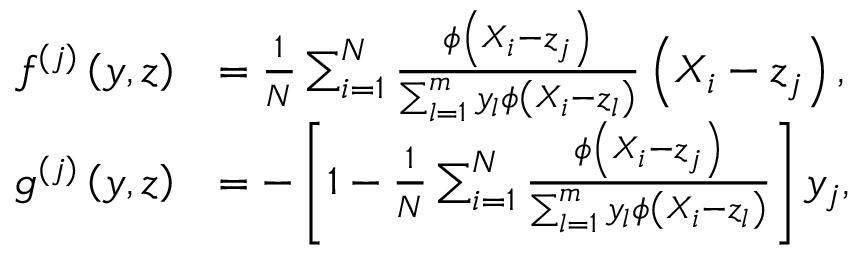
\begin{array} { r l } { f ^ { ( j ) } \left( y , z \right) } & { = \frac { 1 } { N } \sum _ { i = 1 } ^ { N } \frac { \phi \left( X _ { i } - z _ { j } \right) } { \sum _ { l = 1 } ^ { m } y _ { l } \phi \left( X _ { i } - z _ { l } \right) } \left( X _ { i } - z _ { j } \right) , } \\ { g ^ { ( j ) } \left( y , z \right) } & { = - \left[ 1 - \frac { 1 } { N } \sum _ { i = 1 } ^ { N } \frac { \phi \left( X _ { i } - z _ { j } \right) } { \sum _ { l = 1 } ^ { m } y _ { l } \phi \left( X _ { i } - z _ { l } \right) } \right] y _ { j } , } \end{array}